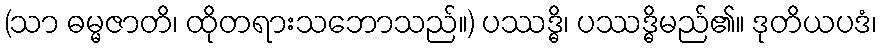
(သာ ဓမ္မဇာတိ၊ ထိုတရားသဘောသည်။) ပဿဒ္ဓိ၊ ပဿဒ္ဓိမည်၏။ ဒုတိယပဒံ၊